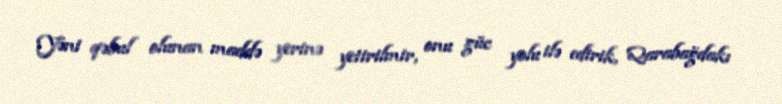
Yəni qəbul olunan maddə yerinə yetirilmir, onu güc yolu ilə edirik, Qarabağdakı